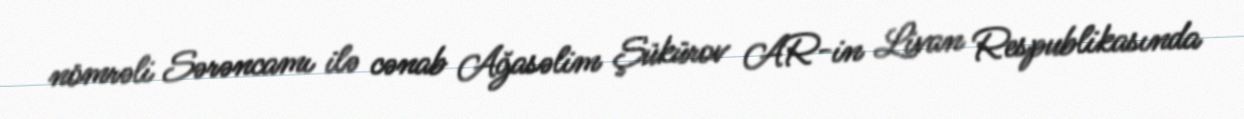
nömrəli Sərəncamı ilə cənab Ağasəlim Şükürov AR-in Livan Respublikasında